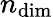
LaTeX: n_{\textup{dim}}